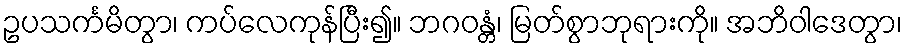
ဥပသင်္ကမိတွာ၊ ကပ်လေကုန်ပြီး၍။ ဘဂဝန္တံ၊ မြတ်စွာဘုရားကို။ အဘိဝါဒေတွာ၊